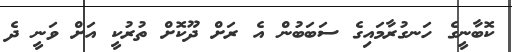
ކޮބާނީގެ ހަނގުރާމައިގެ ސަބަބުން އެ ރަށް ދޫކޮށް ތުރުކީ އަށް ވަނީ ދެ